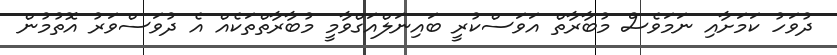
ދުވަހު ކަމަށާއި ނަމަވެސް މުބާރާތް އަވަސްކުރީ ބައިނަލްއަގްވާމީ މުބާރާތްތަކެއް އެ ދުވަސްވަރު އޮތުމުން